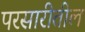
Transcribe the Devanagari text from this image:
परसारीतील